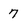
Character: 7